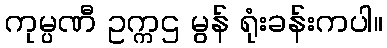
ကုမ္ပဏီ ဥက္ကဌ မွန် ရုံးခန်းကပါ။